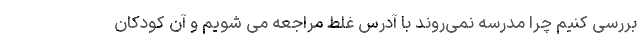
بررسی کنیم چرا مدرسه نمی‌روند با آدرس غلط مراجعه می شویم و آن کودکان